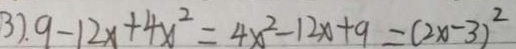
3 ) . 9 - 1 2 x + 4 x ^ { 2 } = 4 x ^ { 2 } - 1 2 x + 9 = ( 2 x - 3 ) ^ { 2 }